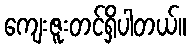
ကျေးဇူးတင်ရှိပါတယ်။